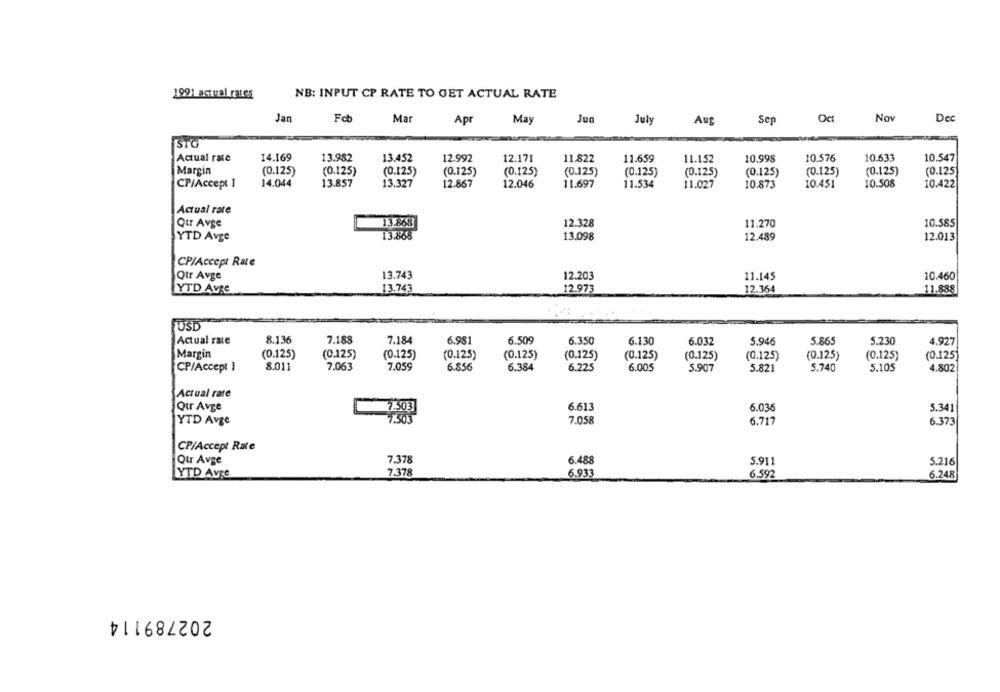
1991 actual rates
NB: INPUT CP RATE TO GET ACTUAL RATE
Fot
Oct
Jar
Mar
Apr
May
Jun
July
Auf
Sep
Nov
De
STG
Actual rate
14.169
13.982
13.452
12.992
12.171
11.822
11.659
11.152
10.998
10.576
10.633
10.547
Margin
(0.125)
(0.125)
(0.125)
(0.125)
(0.125)
(0.125)
(0.125)
(0.125)
(0.125)
(0.125)
(0.125)
(0.125]
CP/Accept 1
14.044
13.857
13.327
12.867
12.046
11.697
11.534
11.027
10.873
10.451
10.508
10.422
Actual rate
13.868
Qur Avge
12.328
11.270
10.585
YTD Avge
13.868
13.098
12.489
12.013
CP/Accept Rate
Qtr Avge
13.743
12.203
11.145
10.460
YTD AvRe
13.743
12.973
12.364
11.888
USD
8.136
7.188
Actual rate
7.184
6.981
6.509
6.350
6.130
6.032
5.946
5.865
5.230
4.927
Margin
(0.125)
(0.125)
(0.125)
(0.125)
(0.125)
(0.125)
(0.125)
(0.125)
(0.125)
(0.125)
(0.125)
(0.125)
CP/Accept 1
8.011
7.063
7.059
6.856
6.384
6.225
6.005
5.907
5.821
5.740
5.105
4.802
Actual rate
Qur Avge
6.613
6.035
5.341
7.503
YTD Avge
7.503
7.058
6.717
6.373
CP/Accept Rate
Qtr Avge
7.378
6.488
5.911
5.216
7.378
YTD Avre
6.933
6.592
6.248
202789114